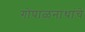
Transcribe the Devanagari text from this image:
गोपाळनाथांचे